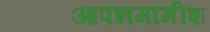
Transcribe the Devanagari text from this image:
आपन्नमामीश